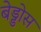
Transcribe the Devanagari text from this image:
बेड्डोस